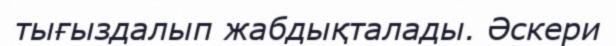
тығыздалып жабдықталады. Әскери